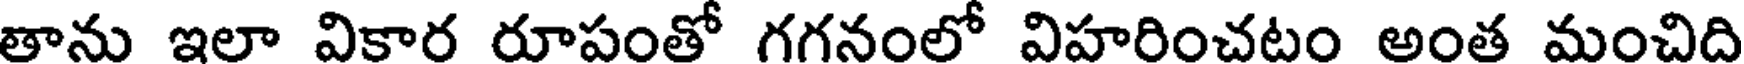
తాను ఇలా వికార రూపంతో గగనంలో విహరించటం అంత మంచిది